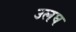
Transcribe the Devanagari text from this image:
उलघ